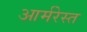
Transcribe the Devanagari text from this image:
आर्मरेस्त